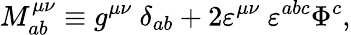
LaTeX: M_{ab}^{\mu\nu}\equiv g^{\mu\nu}~\delta_{ab}+2\varepsilon^{\mu\nu}~\varepsilon^{abc}\Phi^{c},